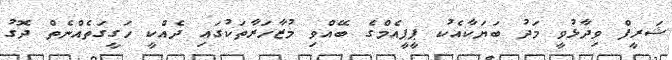
ޝަރީފް ވިދާޅުވީ މަދު ބަޔަކާއެކު ޕީޕީއެމްގެ ބޭއްވި މުޒާހަރާތަކުގައި ދެއްކީ ހަގީގަތެއްނެތް ދޮގު